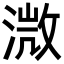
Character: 溦